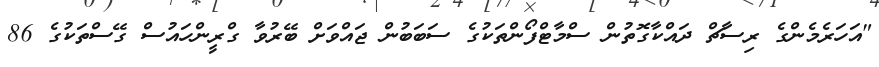
"އަހަރެމެންގެ ރިސާޗް ދައްކާގޮތުން ސްމާޓްފޯންތަކުގެ ސަބަބުން ޖައްވަށް ބޭރުވާ ގްރީންހައުސް ގޭސްތަކުގެ 86